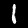
Label: 1